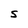
Character: S